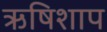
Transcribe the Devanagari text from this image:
ऋषिशाप